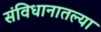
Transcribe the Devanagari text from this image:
संविधानातल्या